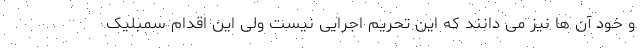
و خود آن ها نیز می دانند که این تحریم اجرایی نیست ولی این اقدام سمبلیک